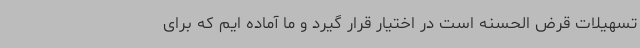
تسهیلات قرض الحسنه است در اختیار قرار گیرد و ما آماده ایم که برای